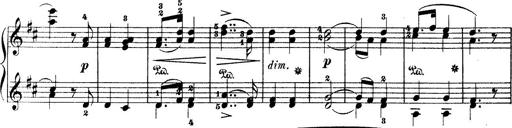
Title: Wagner-Liszt Album
Composer: Franz Liszt